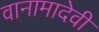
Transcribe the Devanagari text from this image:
वानामादेवी